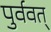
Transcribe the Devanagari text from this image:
पुर्ववत्